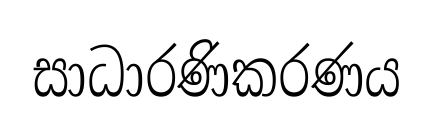
සාධාරණිකරණය